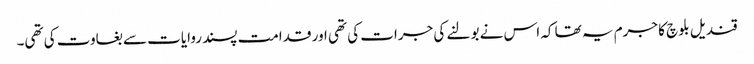
قندیل بلوچ کا جرم یہ تھا کہ اس نے بولنے کی جرات کی تھی اور قدامت پسند روایات سے بغاوت کی تھی۔